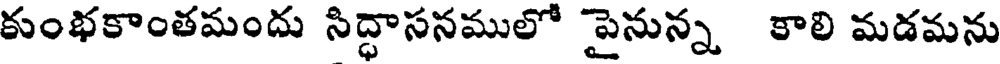
కుంభకాంతమందు సిద్ధాసనములో పైనున్న కాలి మడమను